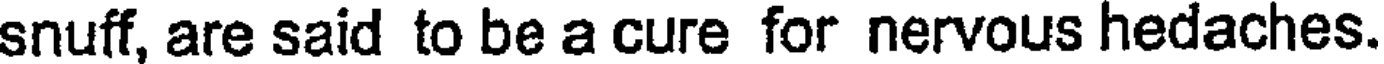
snuff, are said to be a cure for nervous hedaches.